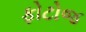
ફોટોજ